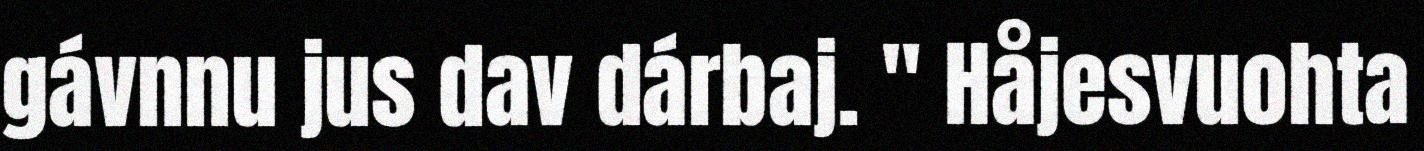
gávnnu jus dav dárbaj. " Håjesvuohta